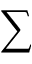
\sum